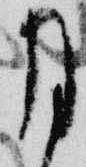
月